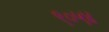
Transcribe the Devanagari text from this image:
९०५४